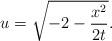
LaTeX: \begin{align*}u=\sqrt{-2-\frac{x^2}{2t}}.\end{align*}